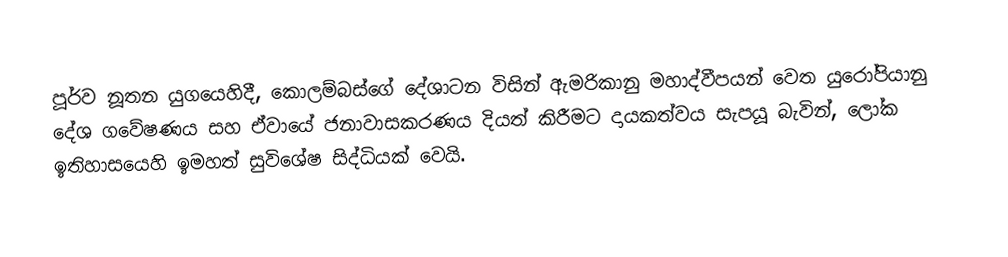
පූර්ව නූතන යුගයෙහිදී, කොලම්බස්ගේ දේශාටන විසින් ඇමරිකානු මහාද්වීපයන් වෙත යුරෝපියානු දේශ ගවේෂණය සහ ඒවායේ ජනාවාසකරණය දියත් කිරීමට දායකත්වය සැපයූ බැවින්, ලෝක ඉතිහාසයෙහි ඉමහත් සුවිශේෂ සිද්ධියක් වෙයි.